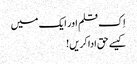
اِک قلم اور ایک میں
کیسے حق ادا کریں!